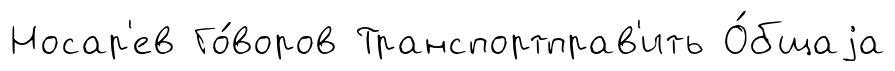
Носар'ев Го́воров Транспортправ'ить О́бщаjа